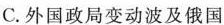
C. 外国政局变动波及俄国